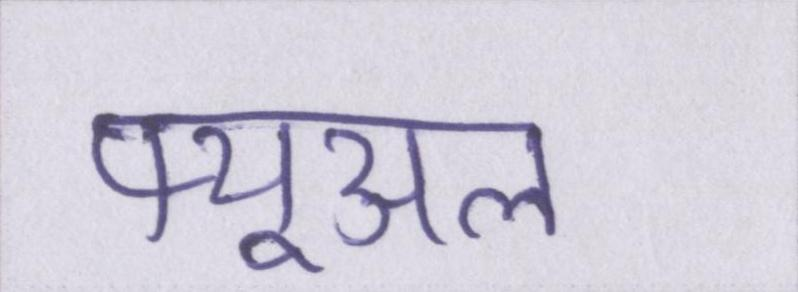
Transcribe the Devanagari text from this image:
फ्यूअल